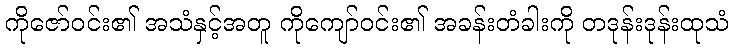
ကိုဇော်ဝင်း၏ အသံနှင့်အတူ ကိုကျော်ဝင်း၏ အခန်းတံခါးကို တဒုန်းဒုန်းထုသံ